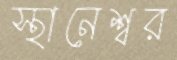
স্থানেশ্বর